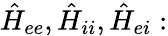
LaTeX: \hat{H}_{ee},\hat{H}_{ii},\hat{H}_{ei}: